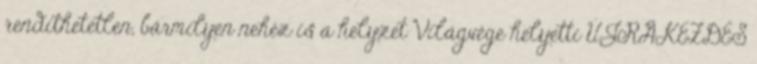
rendíthetetlen, bármilyen nehéz is a helyzet Világvége helyetti ÚJRAKEZDÉS